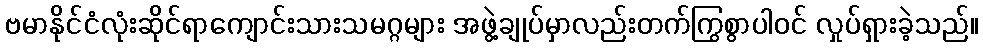
ဗမာနိုင်ငံလုံးဆိုင်ရာကျောင်းသားသမဂ္ဂများ အဖွဲ့ချုပ်မှာလည်းတက်ကြွစွာပါဝင် လှုပ်ရှားခဲ့သည်။